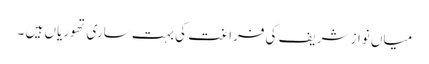
میاں نواز شریف کی فراغت کی بہت ساری تھوریاں ہیں ۔